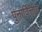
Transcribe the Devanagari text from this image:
पुनार्वित्तीय